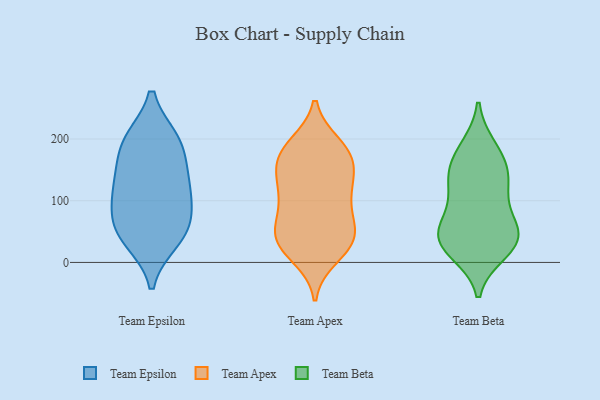
{"axis": {"x": "Gross Profit (USD K)", "y": "Value"}, "legend": ["Team Apex", "Team Beta", "Team Epsilon"], "data": [{"x": "", "y": 37, "type": "Team Epsilon"}, {"x": "", "y": 196, "type": "Team Epsilon"}, {"x": "", "y": 70, "type": "Team Epsilon"}, {"x": "", "y": 46, "type": "Team Epsilon"}, {"x": "", "y": 123, "type": "Team Epsilon"}, {"x": "", "y": 197, "type": "Team Epsilon"}, {"x": "", "y": 100, "type": "Team Epsilon"}, {"x": "", "y": 146, "type": "Team Epsilon"}, {"x": "", "y": 54, "type": "Team Epsilon"}, {"x": "", "y": 121, "type": "Team Epsilon"}, {"x": "", "y": 192, "type": "Team Epsilon"}, {"x": "", "y": 173, "type": "Team Apex"}, {"x": "", "y": 82, "type": "Team Apex"}, {"x": "", "y": 33, "type": "Team Apex"}, {"x": "", "y": 190, "type": "Team Apex"}, {"x": "", "y": 51, "type": "Team Apex"}, {"x": "", "y": 125, "type": "Team Apex"}, {"x": "", "y": 142, "type": "Team Apex"}, {"x": "", "y": 126, "type": "Team Apex"}, {"x": "", "y": 25, "type": "Team Apex"}, {"x": "", "y": 31, "type": "Team Apex"}, {"x": "", "y": 171, "type": "Team Apex"}, {"x": "", "y": 101, "type": "Team Apex"}, {"x": "", "y": 10, "type": "Team Apex"}, {"x": "", "y": 67, "type": "Team Apex"}, {"x": "", "y": 184, "type": "Team Apex"}, {"x": "", "y": 44, "type": "Team Apex"}, {"x": "", "y": 108, "type": "Team Apex"}, {"x": "", "y": 181, "type": "Team Apex"}, {"x": "", "y": 39, "type": "Team Apex"}, {"x": "", "y": 155, "type": "Team Apex"}, {"x": "", "y": 86, "type": "Team Beta"}, {"x": "", "y": 119, "type": "Team Beta"}, {"x": "", "y": 185, "type": "Team Beta"}, {"x": "", "y": 136, "type": "Team Beta"}, {"x": "", "y": 34, "type": "Team Beta"}, {"x": "", "y": 18, "type": "Team Beta"}, {"x": "", "y": 153, "type": "Team Beta"}, {"x": "", "y": 39, "type": "Team Beta"}, {"x": "", "y": 134, "type": "Team Beta"}, {"x": "", "y": 177, "type": "Team Beta"}, {"x": "", "y": 60, "type": "Team Beta"}, {"x": "", "y": 28, "type": "Team Beta"}, {"x": "", "y": 37, "type": "Team Beta"}, {"x": "", "y": 52, "type": "Team Beta"}]}